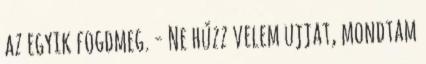
az egyik fogdmeg. - Ne húzz velem ujjat, mondtam